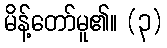
မိန့်တော်မူ၏။ (၃)